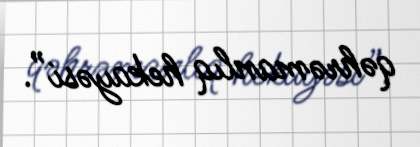
qəhrəmanlıq hekayəsi”.